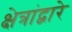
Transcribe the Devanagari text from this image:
क्षेत्रांद्वारे